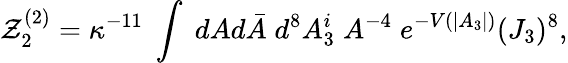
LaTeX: {\cal Z}_{2}^{(2)}=\kappa^{-11}\; \int\; dAd\bar{A}\; d^{8}A_{3}^{i}\; A^{-4}\; e^{-V(|A_{3}|)}(J_{3})^{8},